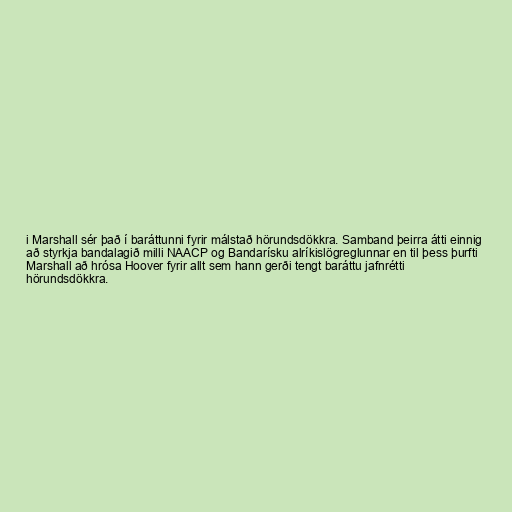
i Marshall sér það í baráttunni fyrir málstað hörundsdökkra. Samband þeirra átti einnig
að styrkja bandalagið milli NAACP og Bandarísku alríkislögreglunnar en til þess þurfti
Marshall að hrósa Hoover fyrir allt sem hann gerði tengt baráttu jafnrétti
hörundsdökkra.